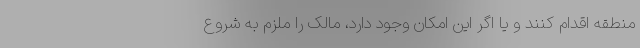
منطقه اقدام کنند و یا اگر این امکان وجود دارد، مالک را ملزم به شروع